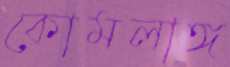
কোমলাঙ্গ